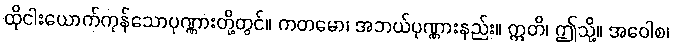
ထိုငါးယောက်ကုန်သောပုဏ္ဏားတို့တွင်။ ကတမော၊ အဘယ်ပုဏ္ဏားနည်း။ ဣတိ၊ ဤသို့။ အဝေါစ၊